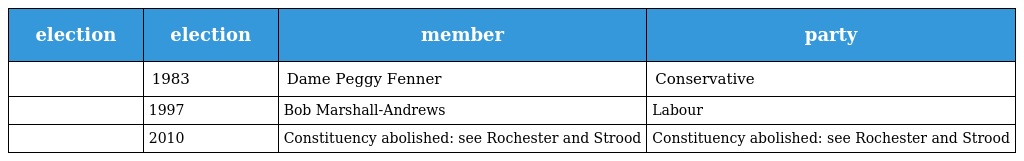
| election | election | member | party |
 | --- | --- | --- | --- |
 |  | 1983 | Dame Peggy Fenner | Conservative |
 |  | 1997 | Bob Marshall-Andrews | Labour |
 |  | 2010 | Constituency abolished: see Rochester and Strood | Constituency abolished: see Rochester and Strood |